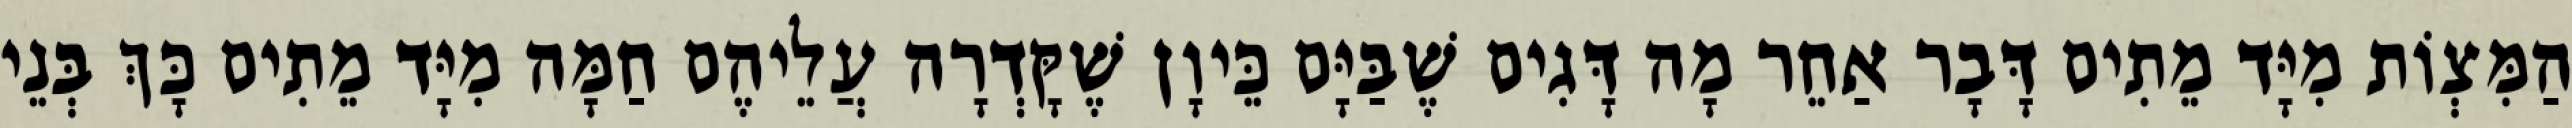
הַמִּצְוֹת מִיָּד מֵתִים דָּבָר אַחֵר מָה דָּגִים שֶׁבַּיָּם כֵּיוָן שֶׁקָּדְרָה עֲלֵיהֶם חַמָּה מִיָּד מֵתִים כָּךְ בְּנֵי